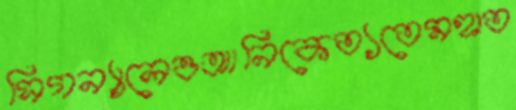
সিগন্যালেওআনিকেত্যতেমহাত